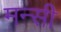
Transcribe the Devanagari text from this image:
मन्सी